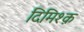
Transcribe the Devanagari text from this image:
दिमिश्क़